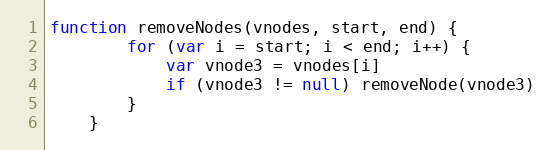
Language: JavaScript
function removeNodes(vnodes, start, end) {
		for (var i = start; i < end; i++) {
			var vnode3 = vnodes[i]
			if (vnode3 != null) removeNode(vnode3)
		}
	}